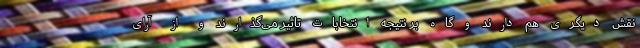
نقش دیگری هم دارند و گاه بر نتیجه انتخابات تاثیر می‌گذارند و از آرای